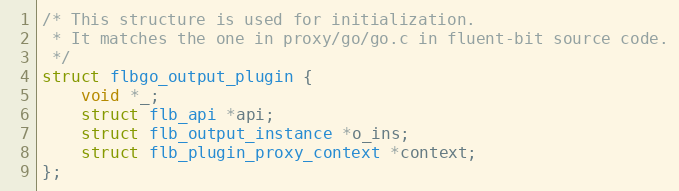
Language: C
/* This structure is used for initialization.
 * It matches the one in proxy/go/go.c in fluent-bit source code.
 */
struct flbgo_output_plugin {
    void *_;
    struct flb_api *api;
    struct flb_output_instance *o_ins;
    struct flb_plugin_proxy_context *context;
};